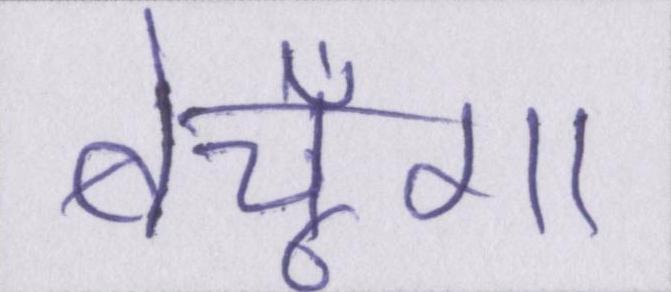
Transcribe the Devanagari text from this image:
बेचूँगा